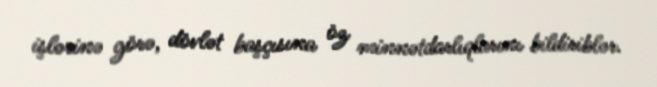
işlərinə görə, dövlət başçısına öz minnətdarlıqlarını bildiriblər.